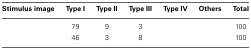
<table><thead><tr><td><b>Stimulus image</b></td><td><b>Type I</b></td><td><b>Type II</b></td><td><b>Type III</b></td><td><b>Type IV</b></td><td><b>Others</b></td><td><b>Total</b></td></tr></thead><tbody><tr><td>[EMPTY_CELL]</td><td>79</td><td>9</td><td>3</td><td>[EMPTY_CELL]</td><td>[EMPTY_CELL]</td><td>100</td></tr><tr><td>[EMPTY_CELL]</td><td>46</td><td>3</td><td>8</td><td>[EMPTY_CELL]</td><td>[EMPTY_CELL]</td><td>100</td></tr></tbody></table>